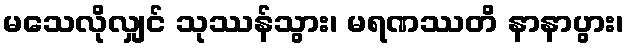
မသေလိုလျှင် သုဿန်သွား၊ မရဏဿတိ နာနာပွား၊